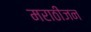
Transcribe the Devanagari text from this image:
मराठीजन